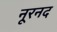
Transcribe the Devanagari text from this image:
नूरनद